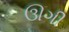
ઊગી